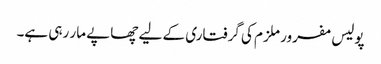
پولیس مفرور ملزم کی گرفتاری کے لیے چھاپے مار رہی ہے۔